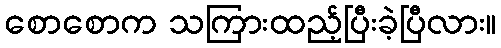
စောစောက သကြားထည့်ပြီးခဲ့ပြီလား။